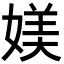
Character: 媄